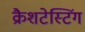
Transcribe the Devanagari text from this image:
क्रैशटेस्टिंग